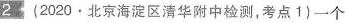
2 (2020·北京海淀区清华附中检测，考点1)一个